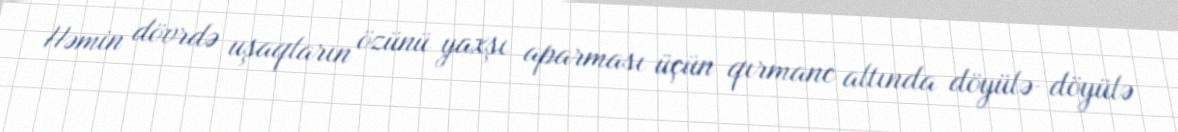
Həmin dövrdə uşaqların özünü yaxşı aparması üçün qırmanc altında döyülə-döyülə